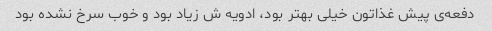
دفعه‌ی پیش غذاتون خیلی بهتر بود، ادویه ش زیاد بود و خوب سرخ نشده بود